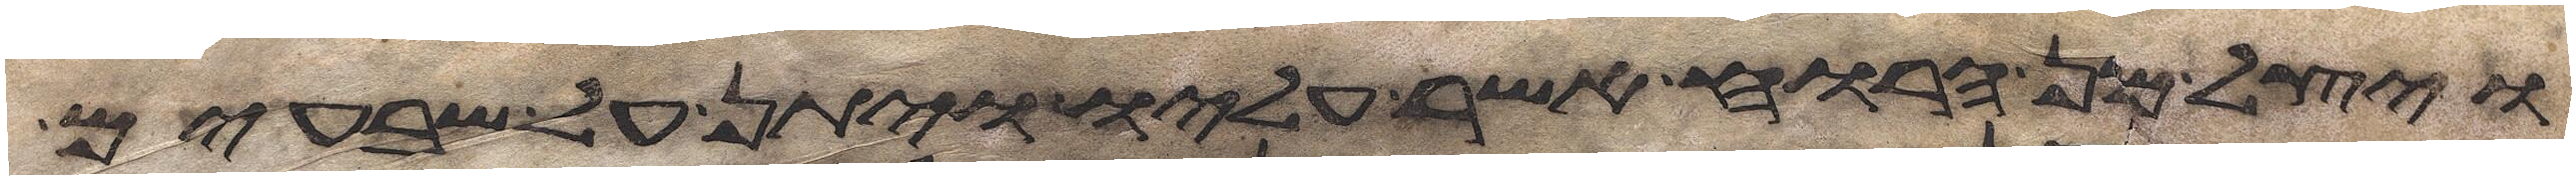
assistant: ויצל מן הרוח אשר עליו ויתן על שבעים